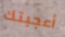
أعجبتك